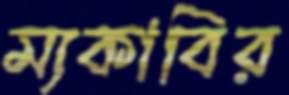
ম্যকাবির